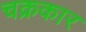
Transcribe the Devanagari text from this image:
चक्रकार